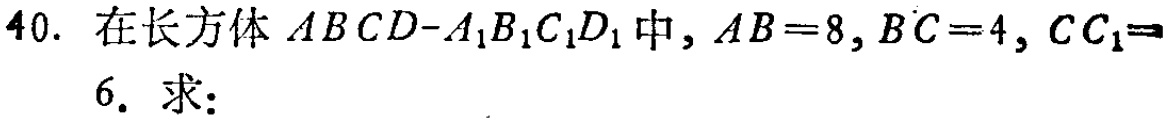
40. 在长方体 \(ABCD - A_{1}B_{1}C_{1}D_{1}\) 中，\(AB = 8\)，\(BC = 4\)，\(CC_{1}=6\)。求：